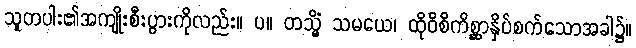
သူတပါး၏အကျိုးစီးပွားကိုလည်း။ ပ။ တသ္မိံ သမယေ၊ ထိုဝိစိကိစ္ဆာနှိပ်စက်သောအခါ၌။